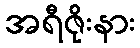
အရီဇိုးနား